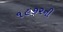
૧૯૭૨ની